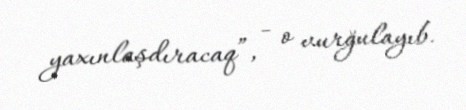
yaxınlaşdıracaq”, - o vurğulayıb.